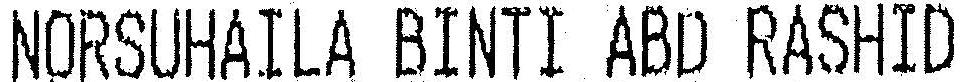
NORSUHAILA BINTI ABD RASHID